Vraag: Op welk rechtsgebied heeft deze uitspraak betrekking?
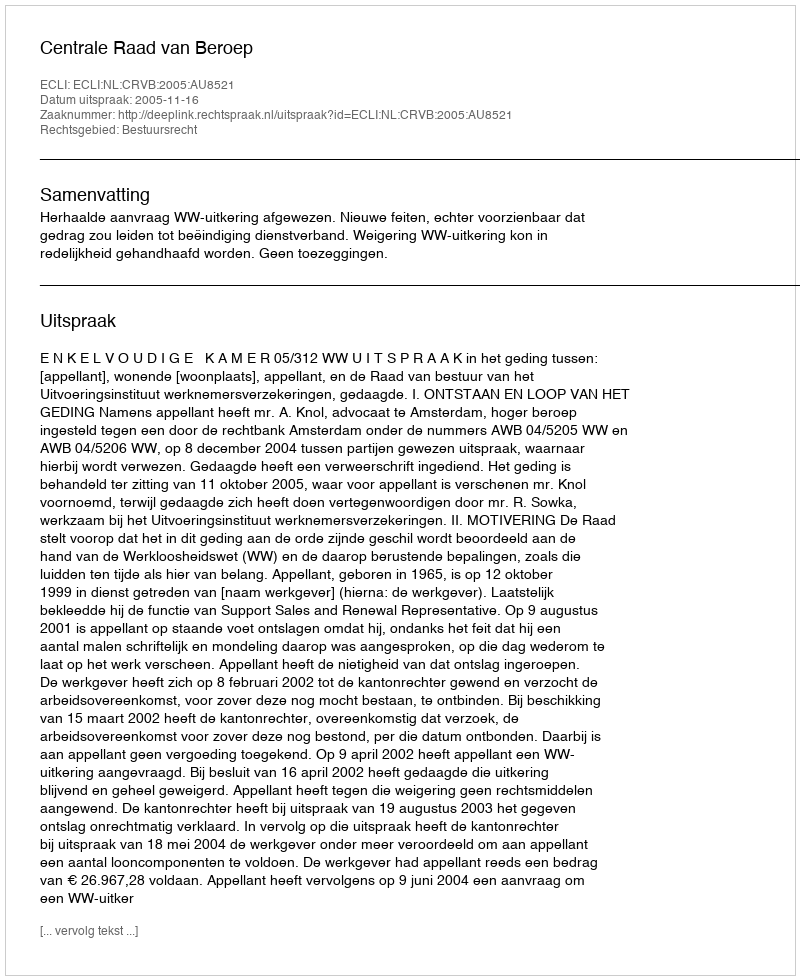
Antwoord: Bestuursrecht